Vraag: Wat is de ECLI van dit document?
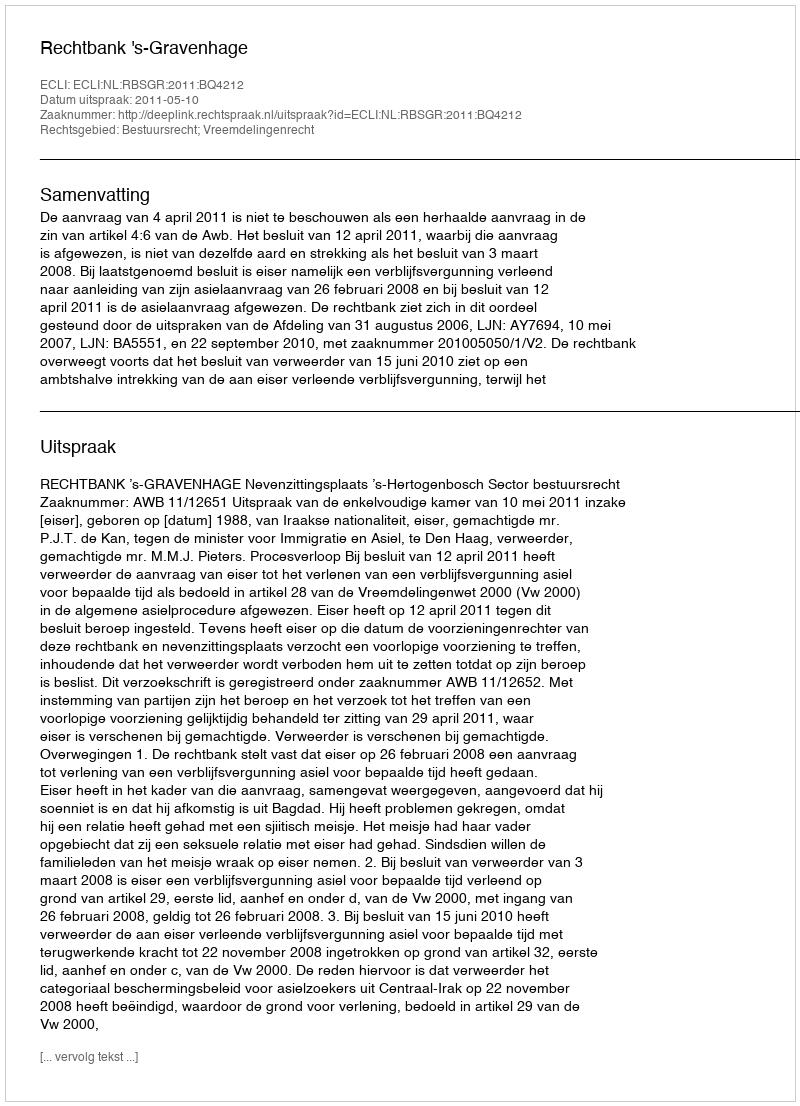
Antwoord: ECLI:NL:RBSGR:2011:BQ4212